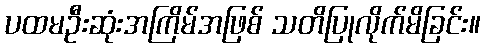
ပထမဦးဆုံးအကြိမ်အဖြစ် သတိပြုလိုက်မိခြင်း။